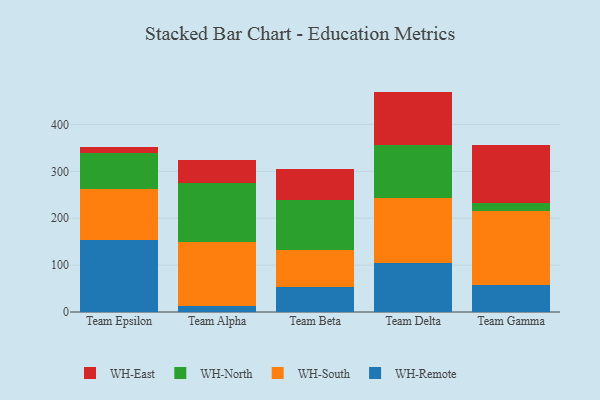
{"axis": {"x": "Team", "y": "Demand Index"}, "legend": ["WH-East", "WH-North", "WH-Remote", "WH-South"], "data": [{"x": "Team Epsilon", "y": 152.8, "type": "WH-Remote"}, {"x": "Team Epsilon", "y": 108.6, "type": "WH-South"}, {"x": "Team Epsilon", "y": 78.4, "type": "WH-North"}, {"x": "Team Epsilon", "y": 12.7, "type": "WH-East"}, {"x": "Team Alpha", "y": 11.8, "type": "WH-Remote"}, {"x": "Team Alpha", "y": 137.4, "type": "WH-South"}, {"x": "Team Alpha", "y": 126.9, "type": "WH-North"}, {"x": "Team Alpha", "y": 47.8, "type": "WH-East"}, {"x": "Team Beta", "y": 54.2, "type": "WH-Remote"}, {"x": "Team Beta", "y": 77.5, "type": "WH-South"}, {"x": "Team Beta", "y": 106.2, "type": "WH-North"}, {"x": "Team Beta", "y": 67.8, "type": "WH-East"}, {"x": "Team Delta", "y": 103.9, "type": "WH-Remote"}, {"x": "Team Delta", "y": 138.8, "type": "WH-South"}, {"x": "Team Delta", "y": 113.8, "type": "WH-North"}, {"x": "Team Delta", "y": 113.5, "type": "WH-East"}, {"x": "Team Gamma", "y": 58.2, "type": "WH-Remote"}, {"x": "Team Gamma", "y": 157.4, "type": "WH-South"}, {"x": "Team Gamma", "y": 17.5, "type": "WH-North"}, {"x": "Team Gamma", "y": 122.2, "type": "WH-East"}]}